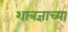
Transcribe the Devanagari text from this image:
शात्रज्ञाच्या